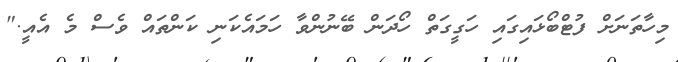
މިހާތަނަށް ފުޓްބޯޅައިގައި ހަގީގަތް ހޯދަން ބޭނުންވާ ހަމައެކަނި ކަންތައް ވެސް މެ އެއީ."